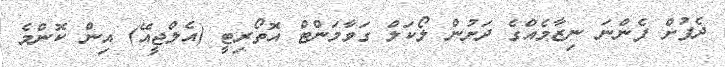
ދެފުށް ފެންނަ ނިޒާމެއްގެ ދަށުން ލޯކަލް ގަވާމަންޓް އޮތޯރިޓީ (އެލްޖީއޭ) އިން ކޮންމެ